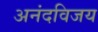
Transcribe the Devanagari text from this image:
अनंदविजय